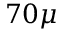
7 0 \mu